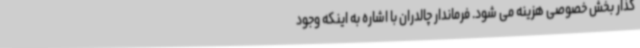
گذار بخش خصوصی هزینه می شود. فرماندار چالدران با اشاره به اینکه وجود